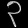
Digit: ၃